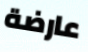
عارضة